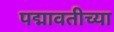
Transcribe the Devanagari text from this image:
पद्मावतीच्या